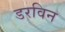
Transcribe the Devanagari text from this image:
डरविन